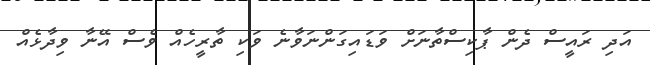
އަދި ރައީސް ދެން ޕާކިސްތާނަށް ވަޑައިގަންނަވާނެ ވަކި ތާރީހެއް ވެސް އޭނާ ވިދާޅެއް